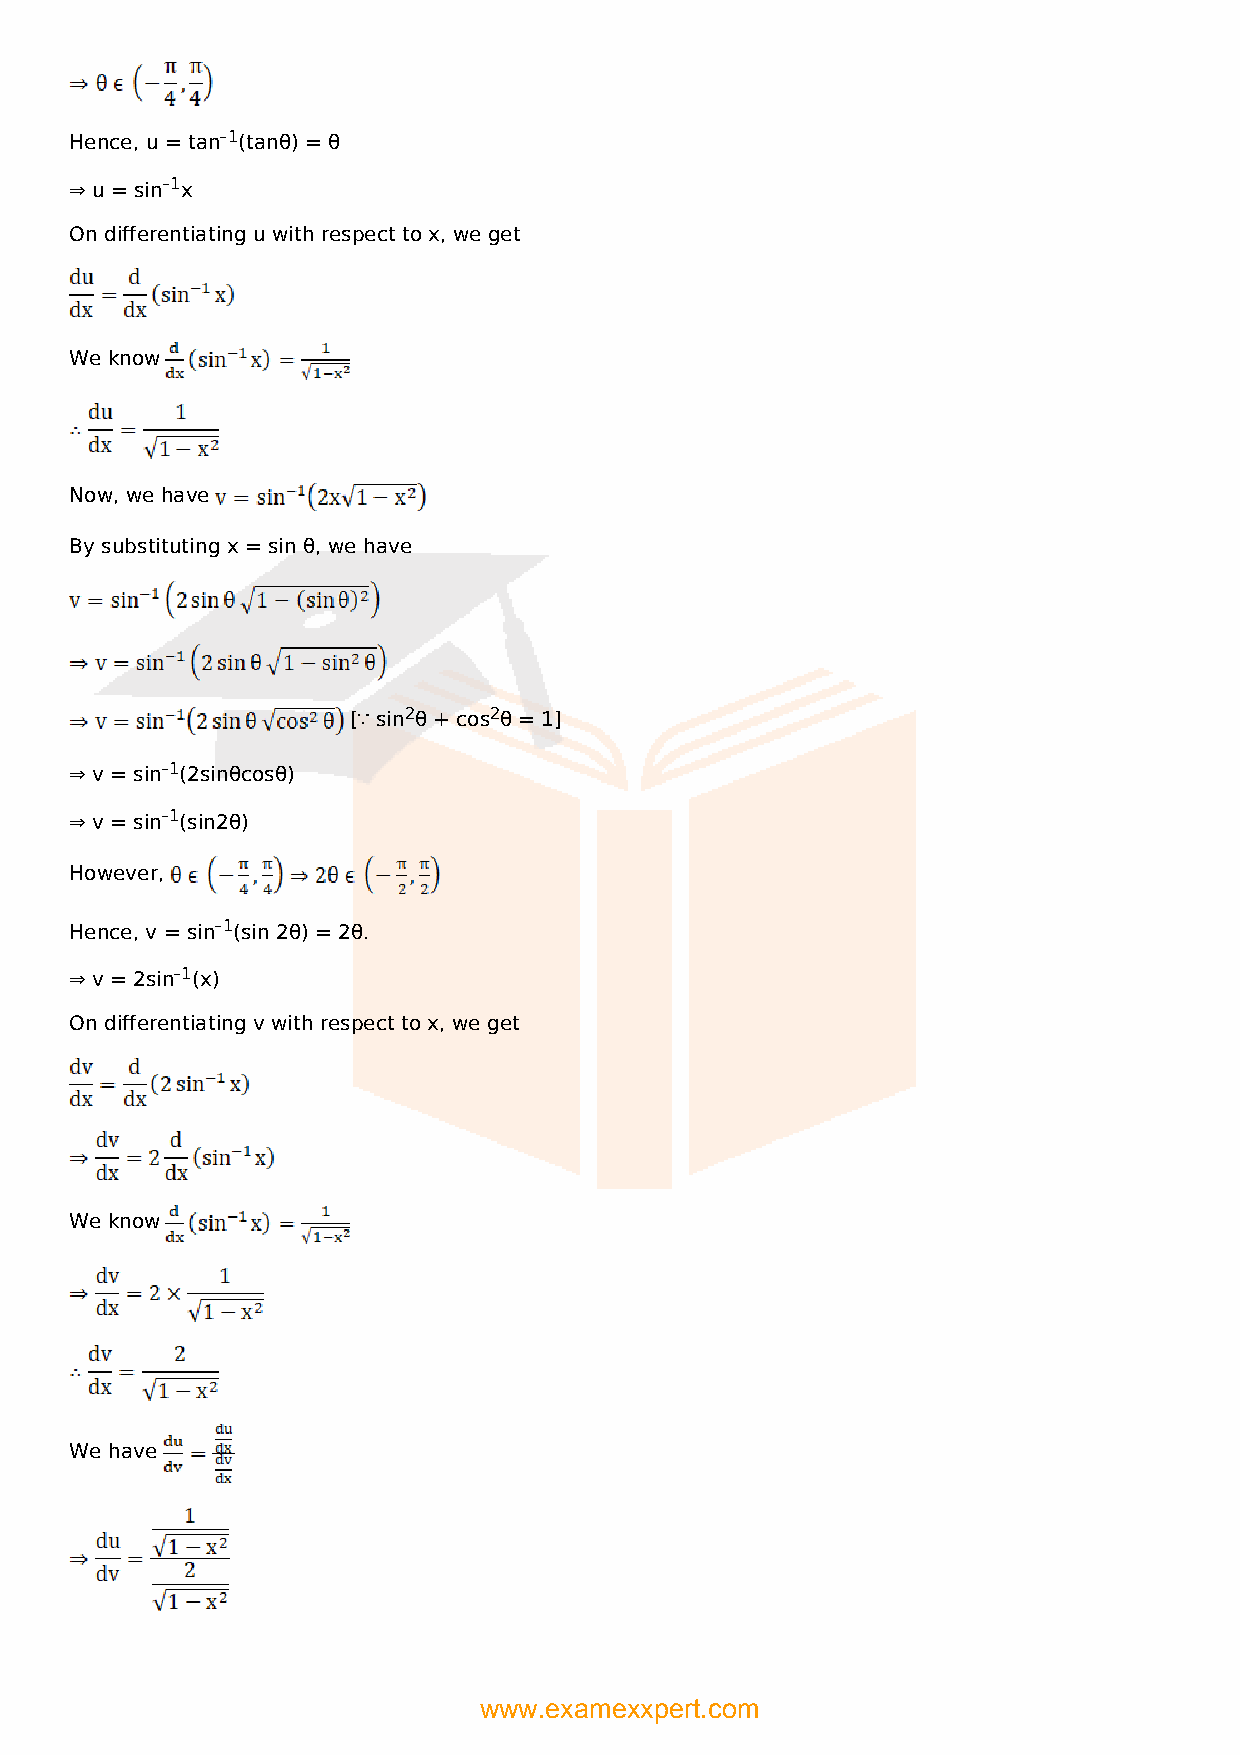
Hence, u = tan–1(tanθ) = θ
 ⇒ u = sin–1x
 On differentiating u with respect to x, we get
 We know
 Now, we have
 By substituting x = sin θ, we have
 [∵ sin2θ + cos2θ = 1]
 ⇒ v = sin–1(2sinθcosθ)
 ⇒ v = sin–1(sin2θ)
 However,
 Hence, v = sin–1(sin 2θ) = 2θ.
 ⇒ v = 2sin–1(x)
 On differentiating v with respect to x, we get
 We know
 We have
 www.examexxpert.com